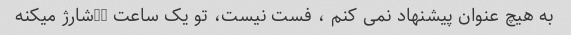
به هیچ عنوان پیشنهاد نمی کنم ، فست نیست، تو یک ساعت 2%شارژ میکنه